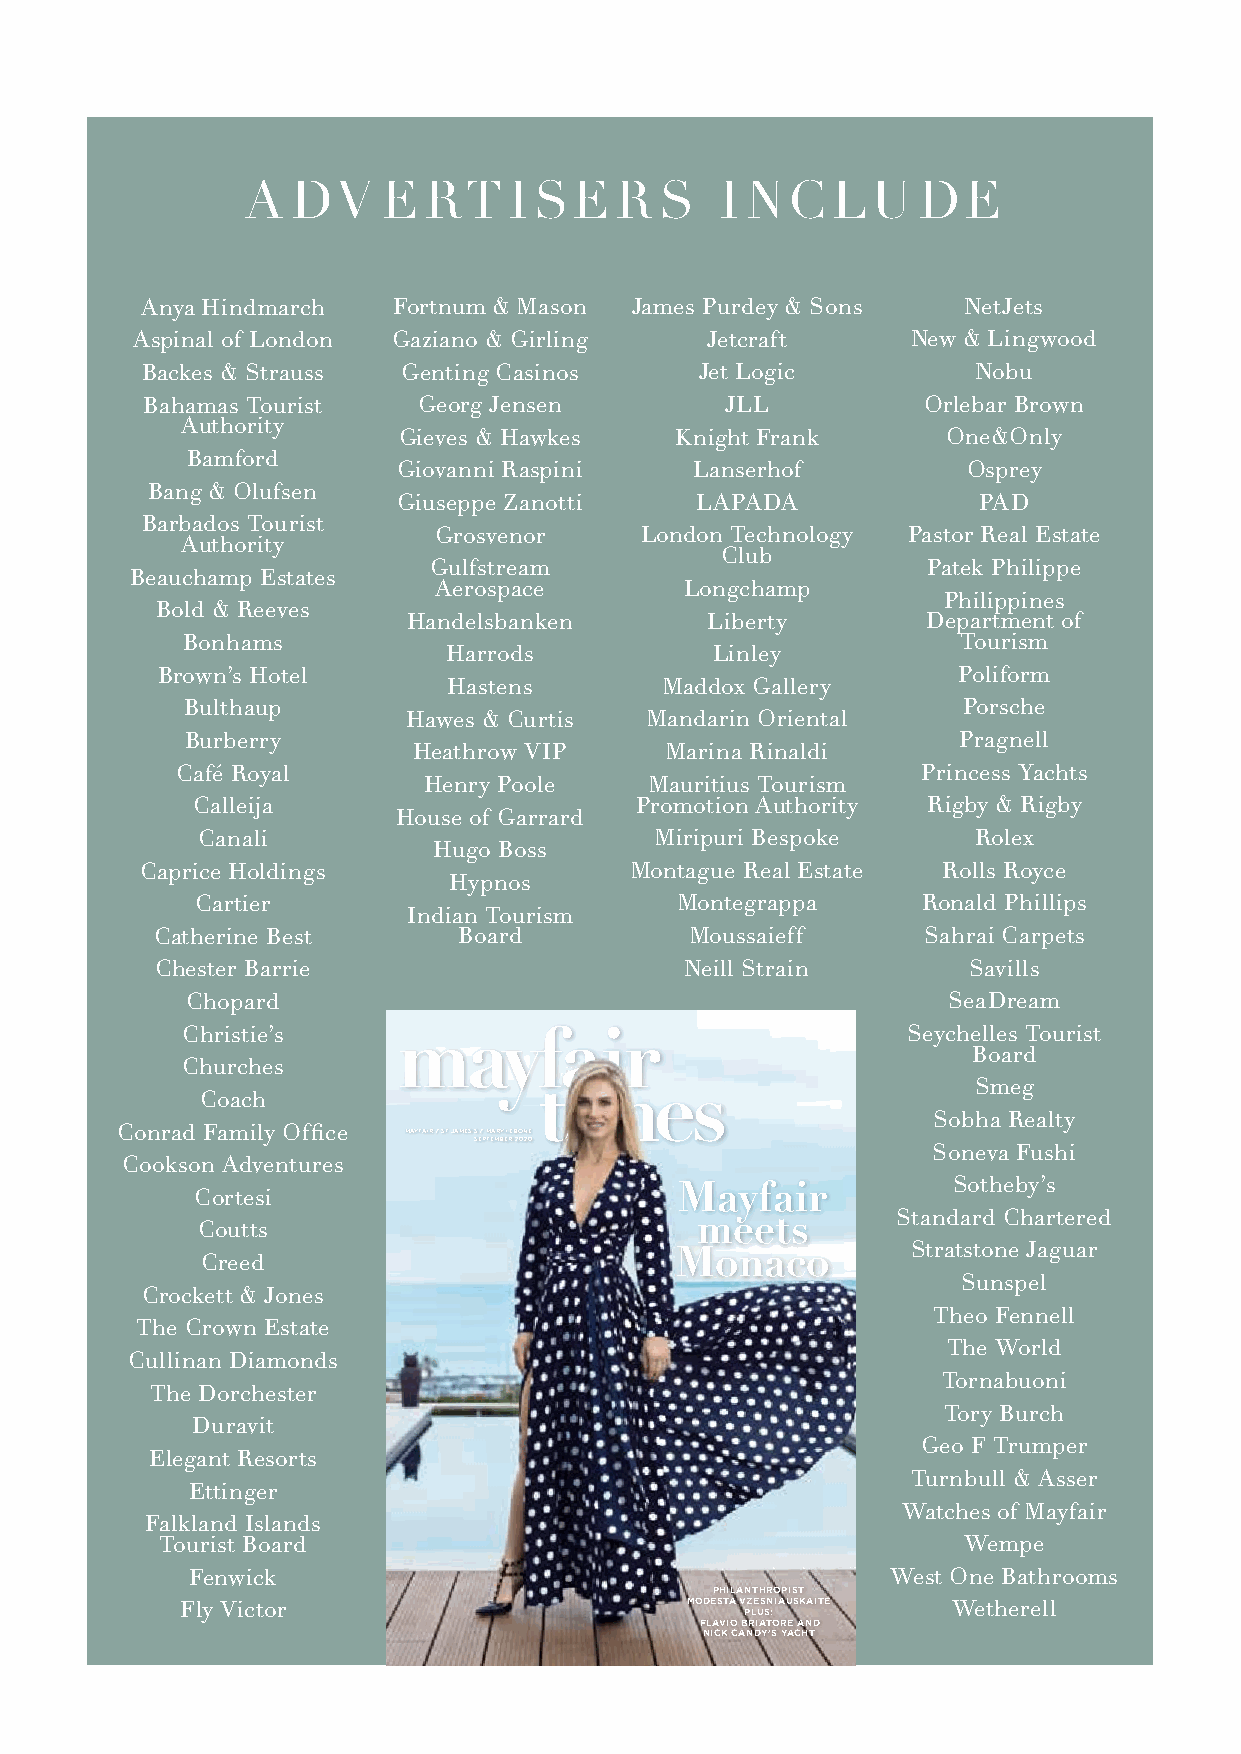
a  dV    erT      iSer      S   i Nc   LU    de
 anya Hindmarch   fortnum & Mason James Purdey & Sons   NetJets
 aspinal of London Gaziano & Girling   Jetcraft     New & Lingwood
 Backes & Strauss  Genting casinos    Jet Logic          Nobu
 Bahamas Tourist    Georg Jensen        JLL          Orlebar Brown
 authority
 Gieves & Hawkes    knight frank      One&Only
 Bamford
 Giovanni raspini    Lanserhof         Osprey
 Bang & Olufsen
 Giuseppe Zanotti    LaPada             Pad
 Barbados Tourist
 Grosvenor    London Technology Pastor real estate
 authority
 club
 Gulfstream                       Patek Philippe
 Beauchamp estates
 aerospace       Longchamp
 Philippines
 Bold & reeves
 Handelsbanken       Liberty       department of
 Bonhams                                             Tourism
 Harrods           Linley
 Brown’s Hotel                                        Poliform
 Hastens       Maddox Gallery
 Bulthaup                                            Porsche
 Hawes & curtis  Mandarin Oriental
 Burberry                                           Pragnell
 Heathrow ViP     Marina rinaldi
 café royal                                       Princess Yachts
 Henry Poole    Mauritius Tourism
 calleija                     Promotion authority rigby & rigby
 House of Garrard
 canali                        Miripuri Bespoke     rolex
 Hugo Boss
 caprice Holdings                 Montague real estate rolls royce
 Hypnos
 cartier                         Montegrappa     ronald Phillips
 indian Tourism
 catherine Best      Board           Moussaieff     Sahrai carpets
 chester Barrie                     Neill Strain       Savills
 chopard                                            Seadream
 christie’s                                      Seychelles Tourist
 Board
 churches
 Smeg
 coach
 Sobha realty
 Conrad Family Office MAYFAIR / ST JAMES’S / MARYLEBONE
 SEPTEMBER 2020
 Soneva fushi
 cookson adventures
 Mayfair           Sotheby’s
 cortesi
 meets        Standard chartered
 coutts
 Monaco         Stratstone Jaguar
 creed
 Sunspel
 crockett & Jones
 Theo fennell
 The crown estate
 The World
 cullinan diamonds
 Tornabuoni
 The dorchester
 Tory Burch
 duravit
 Geo f Trumper
 elegant resorts
 Turnbull & asser
 ettinger
 Watches of Mayfair
 falkland islands
 Tourist Board                                        Wempe
 fenwick                                        West One Bathrooms
 philanthropist
 fly Victor                       Modesta vzesniauskaite Wetherell
 plus:
 flavio briatore and
 nick candy’s yacht
 MT Sept20 1 FC.indd 18        25/08/2020 15:10